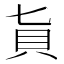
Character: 𧴦